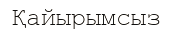
Қайырымсыз